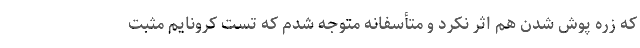
که زره پوش شدن هم اثر نکرد و متأسفانه متوجه شدم که تست کرونایم مثبت